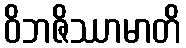
ဝိဘဇိဿာမာတိ